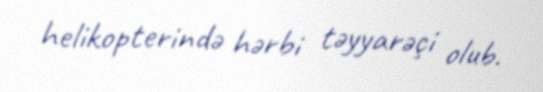
helikopterində hərbi təyyarəçi olub.